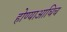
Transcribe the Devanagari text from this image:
होण्याआधिच